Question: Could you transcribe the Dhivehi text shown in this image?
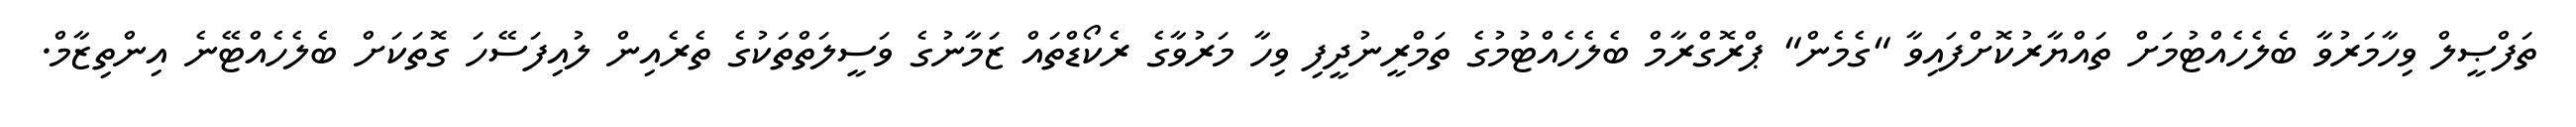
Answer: ތަފްޞީލް ވިހާމަރުވާ ބެލެހެއްޓުމަށް ތައްޔާރުކޮށްފައިވާ "ގެމެން" ޕްރޮގްރާމް ބެލެހެއްޓުމުގެ ތަމްރީނުދީފި ވިހާ މަރުވާގެ ރެކޯޑްތައް ޒަމާނުގެ ވަސީލަތްތަކުގެ ތެރެއިން ލުއިފަސޭހަ ގޮތަކަށް ބެލެހެއްޓޭނެ އިންތިޒާމް.